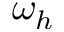
\omega _ { h }